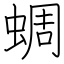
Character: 蜩